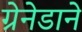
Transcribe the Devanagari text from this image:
ग्रेनेडाने